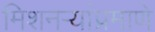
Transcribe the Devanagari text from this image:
मिशनऱ्यांप्रमाणे